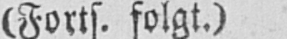
(Forts. folgt.)